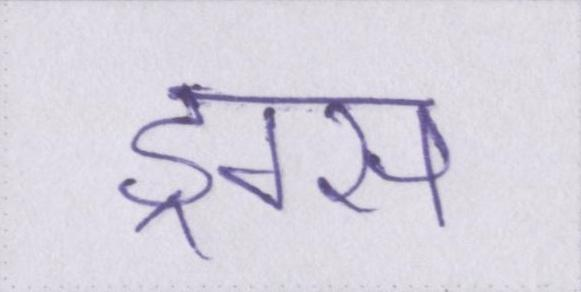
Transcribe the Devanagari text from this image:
ड्रग्स